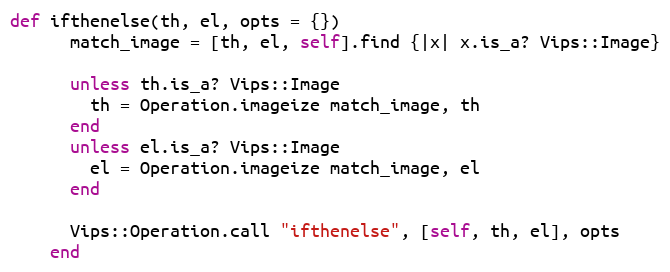
Language: Ruby
def ifthenelse(th, el, opts = {})
      match_image = [th, el, self].find {|x| x.is_a? Vips::Image}

      unless th.is_a? Vips::Image
        th = Operation.imageize match_image, th
      end
      unless el.is_a? Vips::Image
        el = Operation.imageize match_image, el
      end

      Vips::Operation.call "ifthenelse", [self, th, el], opts
    end